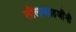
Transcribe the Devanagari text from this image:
लीलाशाहजींनी